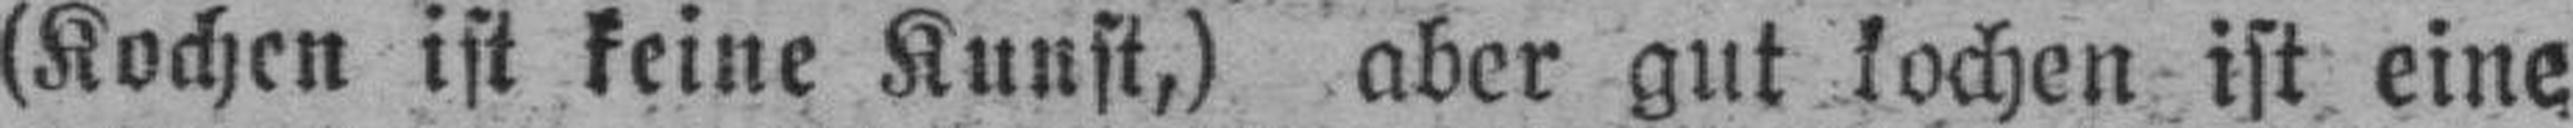
(Kochen ist keine Kunst,) aber gut kochen ist eine